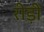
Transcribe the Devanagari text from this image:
रीड़ी